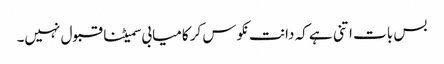
بس بات اتنی ہے کہ دانت نکوس کر کامیابی سمیٹنا قبول نہیں۔